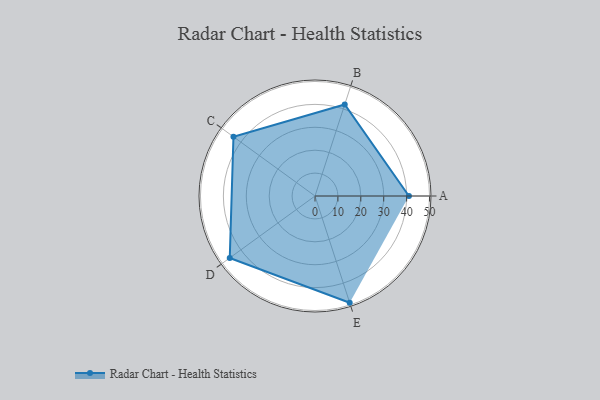
{"axis": {"x": "Skill", "y": "Score"}, "legend": ["Profile"], "data": [{"x": "A", "y": 41.0, "type": "Profile"}, {"x": "B", "y": 42.0, "type": "Profile"}, {"x": "C", "y": 44.0, "type": "Profile"}, {"x": "D", "y": 46.0, "type": "Profile"}, {"x": "E", "y": 49.0, "type": "Profile"}]}